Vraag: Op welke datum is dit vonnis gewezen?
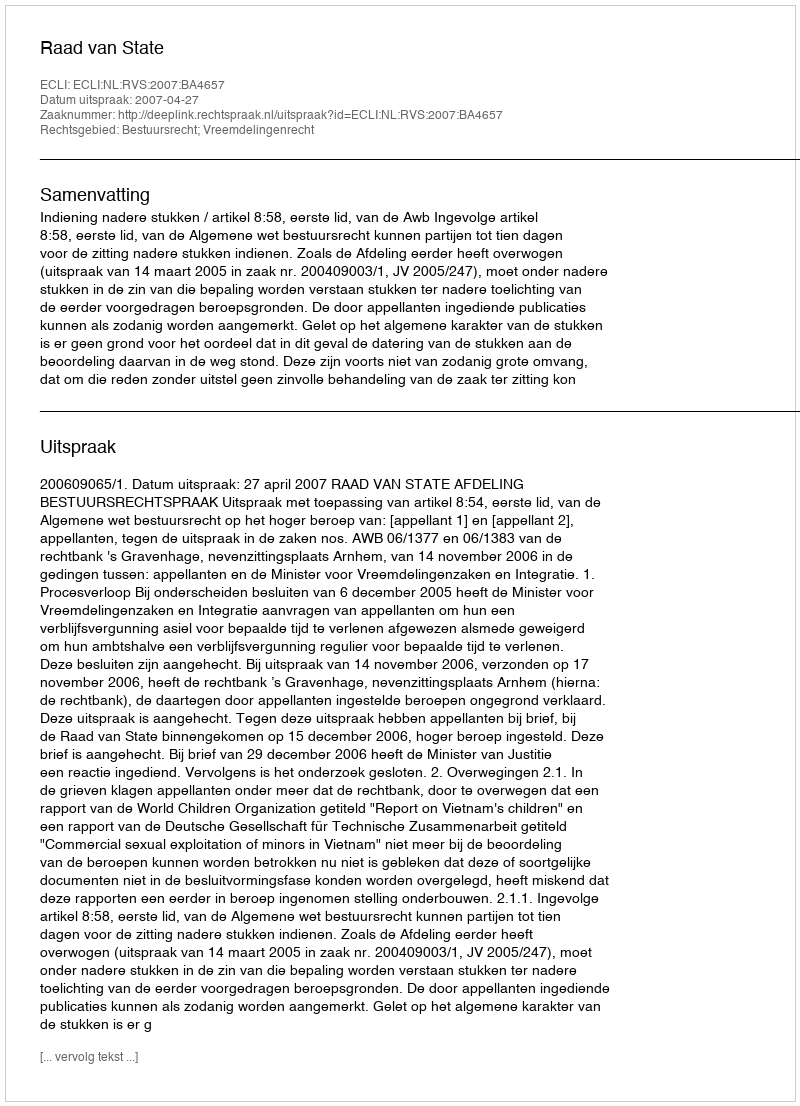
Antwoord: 2007-04-27